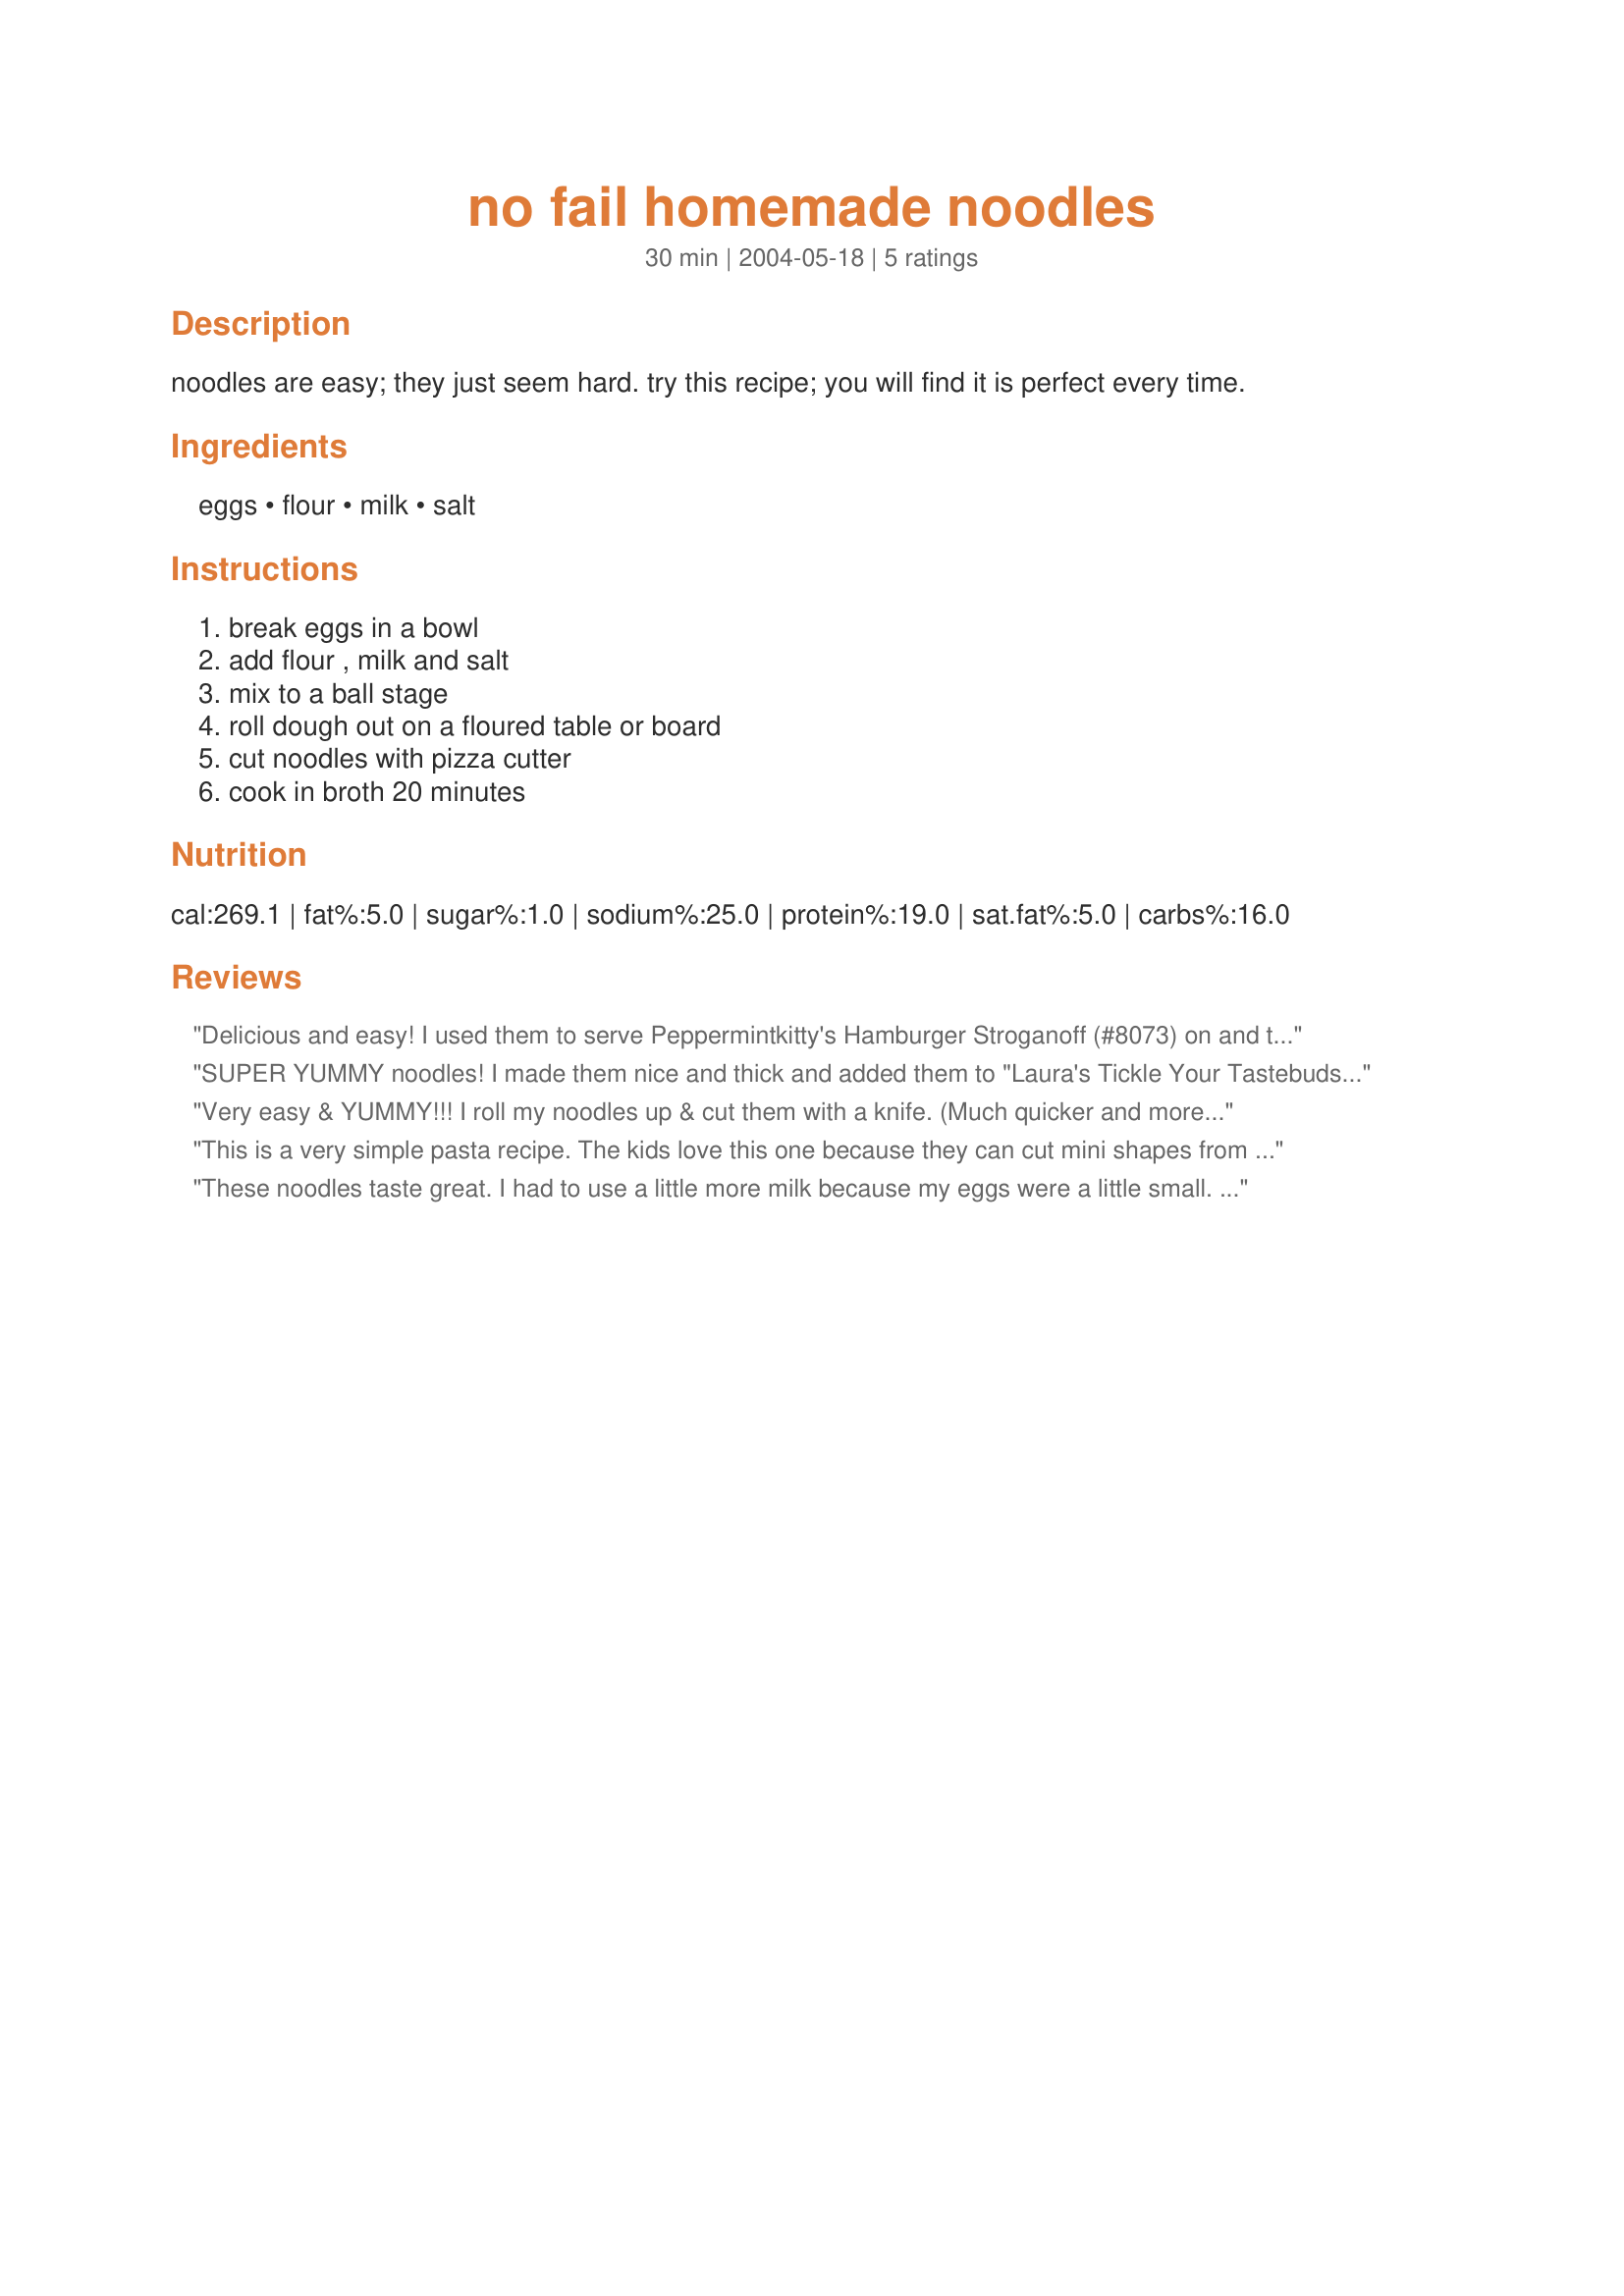
no fail homemade noodles
Preparation time: 30 minutes

noodles are easy; they just seem hard. try this recipe; you will find it is perfect every time.

Ingredients:
eggs, flour, milk, salt

Steps:
break eggs in a bowl, add flour , milk and salt, mix to a ball stage, roll dough out on a floured table or board, cut noodles with pizza cutter, cook in broth 20 minutes

Reviews:
Delicious and easy! I used them to serve Peppermintkitty's Hamburger Stroganoff (#8073) on and they were SO good and filling! Jan, thanks for a great recipe!
SUPER YUMMY noodles! I made them nice and thick and added them to "Laura's Tickle Your Tastebuds Chicken Noodle Soup" (348436). This recipe is a keeper!
Very easy & YUMMY!!! I roll my noodles up & cut them with a knife. (Much quicker and more uniform.) These are the perfect noodles for chicken & noodles!!!
This is a very simple pasta recipe. The kids love this one because they can cut mini shapes from the rolled out dough. This is fresh pasta that's easy to make, cooks up quickly, and is fun for the kids. Thanks for posting!
These noodles taste great. I had to use a little more milk because my eggs were a little small. I have tried it three times. Twice rolling it out and once using the pasta machine. Each time it worked great. I found that when I boiled the pasta without drying it first, it only took 6 minutes to cook. If you use this recipe for lasagna noodles, be sure to dry the noodles first and shorten the cooking time.
